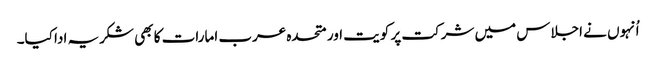
اُنہوں نے اجلاس میں شرکت پر کویت اور متحدہ عرب امارات کا بھی شکریہ ادا کیا۔